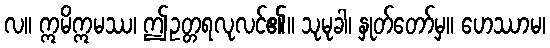
လ။ ဣမိဣမဿ၊ ဤဥတ္တရလုလင်၏။ သုမုခါ၊ နှုတ်တော်မှ။ ဟေဿာမ၊